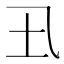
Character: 𡈾